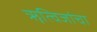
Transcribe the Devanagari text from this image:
ॠत्विजांचा